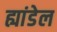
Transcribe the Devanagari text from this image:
ह्यांडेल